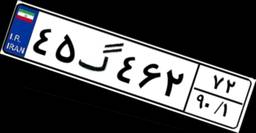
۴۵گ۴۶۲۷۲